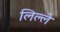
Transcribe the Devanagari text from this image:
लिल्ले